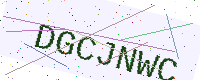
Text: DGCJNWC